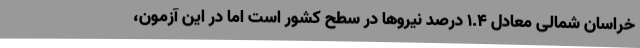
خراسان شمالی معادل 1.4 درصد نیروها در سطح کشور است اما در این آزمون،